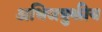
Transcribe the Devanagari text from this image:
अधिजत्रुकीय